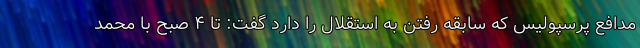
مدافع پرسپولیس که سابقه رفتن به استقلال را دارد گفت: تا ۴ صبح با محمد